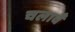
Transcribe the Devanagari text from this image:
चलावै